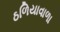
ઠળિયાવાળા